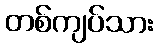
တစ်ကျပ်သား